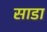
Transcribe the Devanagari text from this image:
साडा